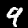
Digit: 9